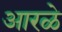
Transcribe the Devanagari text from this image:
आरळे